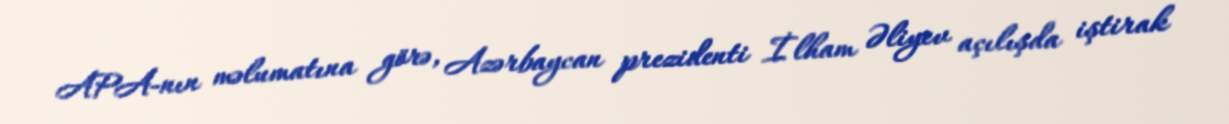
APA-nın məlumatına görə, Azərbaycan prezidenti İlham Əliyev açılışda iştirak